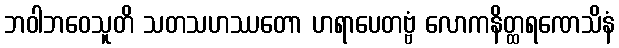
ဘဝါဘဝေသူတိ သတသဟဿတော ဟရာပေတဗ္ဗံ လောကနိတ္ထရဏေသိနံ